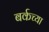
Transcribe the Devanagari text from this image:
बर्कच्या